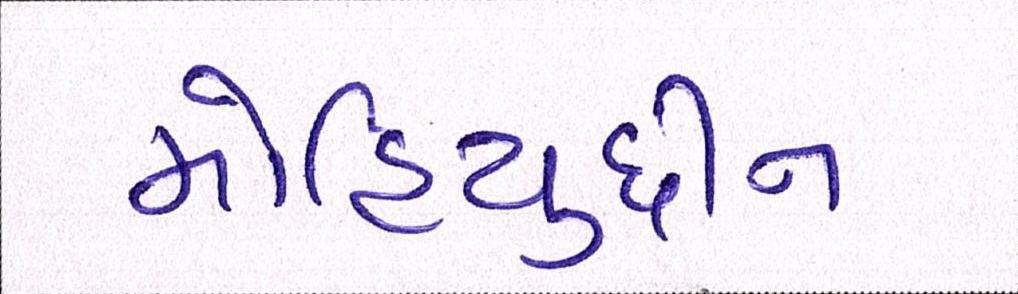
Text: મોહિયુદ્દીન